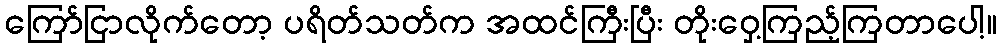
ကြော်ငြာလိုက်တော့ ပရိတ်သတ်က အထင်ကြီးပြီး တိုးဝှေ့ကြည့်ကြတာပေါ့။